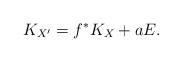
LaTeX: \begin{align*}K_{X^{\prime}}=f^{\ast}K_X+aE.\end{align*}